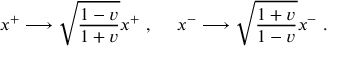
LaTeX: x ^ { + } \longrightarrow \sqrt { { \frac { 1 - v } { 1 + v } } } x ^ { + } \ , \ \ \ \ x ^ { - } \longrightarrow \sqrt { { \frac { 1 + v } { 1 - v } } } x ^ { - } \ .